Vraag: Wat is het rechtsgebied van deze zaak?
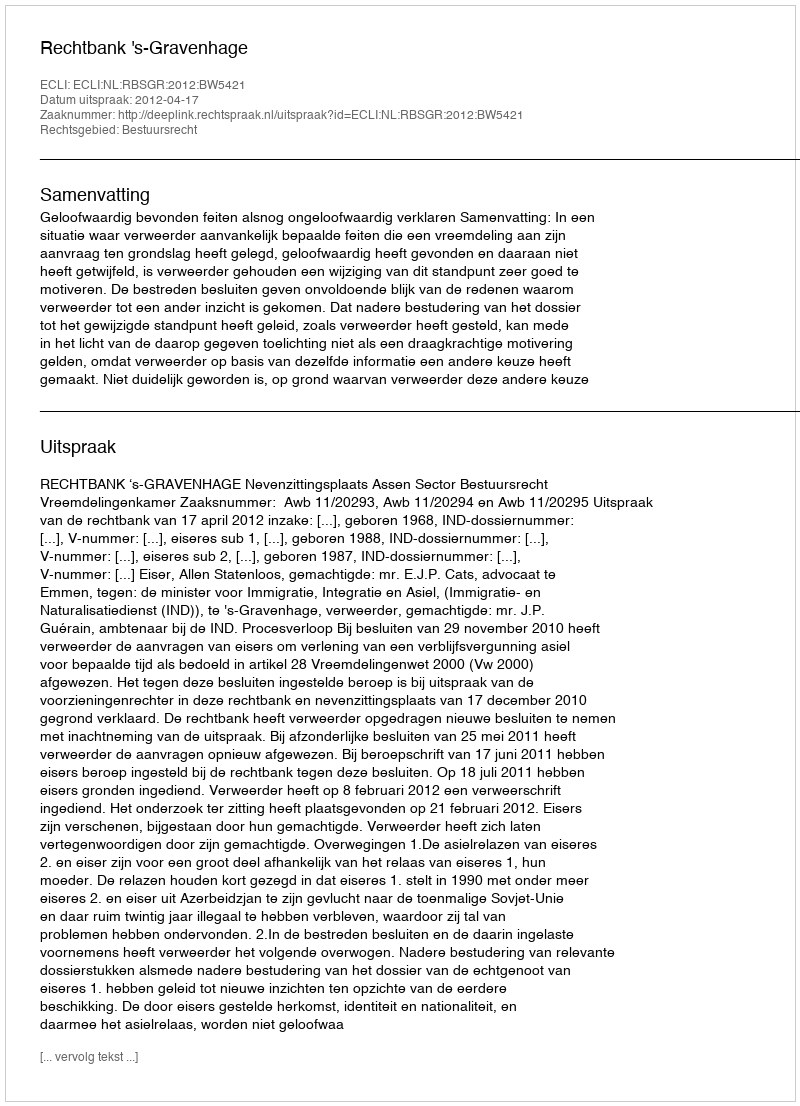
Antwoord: Bestuursrecht